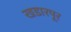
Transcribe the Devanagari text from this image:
खडारपूर